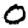
Digit: 0